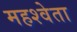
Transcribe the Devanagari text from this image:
महश्वेता